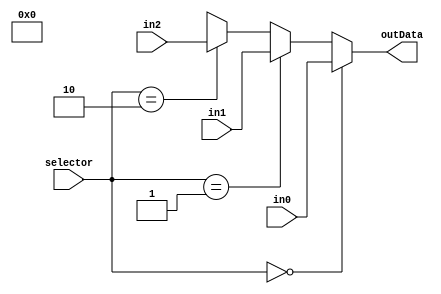
module Mux4to1_8bits(selector, in0, in1,in2,outData);

input[1:0] selector;
input[7:0] in0,in1,in2;
output reg[7:0] outData;

always @ (*)
	if( selector == 2'b00)
		outData = in0;
	else if( selector == 2'b01)
		outData = in1;
	else if( selector == 2'b10)
		outData = in2;
	else
		outData = 2'bXX;



endmodule